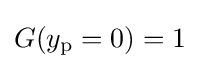
G(y_{\text{p}}=0)=1